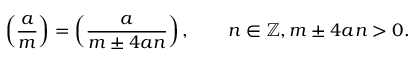
\left( { \frac { a } { m } } \right) = \left( { \frac { a } { m \pm 4 a n } } \right) , \qquad n \in \mathbb { Z } , m \pm 4 a n > 0 .